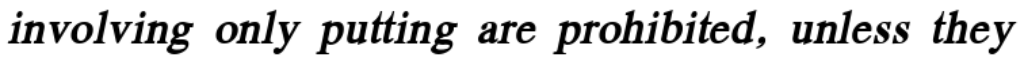
involving only putting are prohibited, unless they